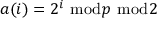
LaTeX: a ( i ) = 2 ^ { i } ~ { \bmod { p } } ~ { \bmod { 2 } }